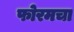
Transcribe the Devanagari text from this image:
फोरमचा